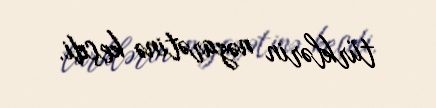
türklərin nəzarətinə keçdi.